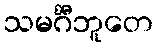
သမင်္ဂီဘူတေ